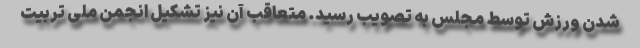
شدن ورزش توسط مجلس به تصویب رسید. متعاقب آن نیز تشکیل انجمن ملی تربیت